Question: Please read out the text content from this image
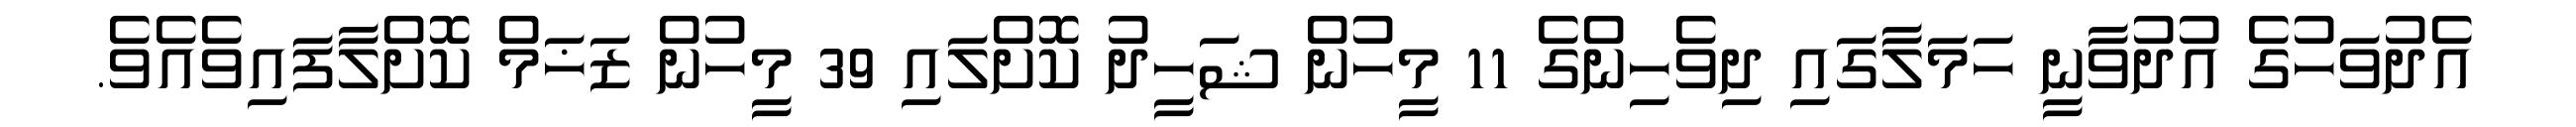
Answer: އެދުވަހުގެ އުދުވާނީ ހަމަލާގައި ދިވެހިންގެ 11 މީހުން ޝަހީދު ކޮށްލައި 39 މީހުން ޒަޚަމް ކޮށްލާފައިވެއެވެ.